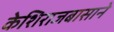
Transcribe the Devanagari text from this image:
केशिराजबासाने